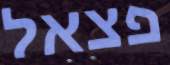
פצאל